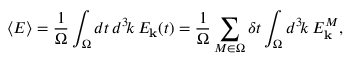
\langle { \cal E } \rangle = { \frac { 1 } { \Omega } } \int _ { \Omega } d t \, d ^ { 3 } \! k \, { \cal E } _ { \bf k } ( t ) = { \frac { 1 } { \Omega } } \sum _ { M \in \Omega } \delta t \int _ { \Omega } d ^ { 3 } \! k \, { \cal E } _ { \bf k } ^ { M } ,